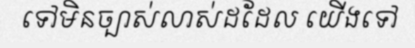
ទៅមិនច្បាស់លាស់ដដែល យើងទៅ